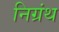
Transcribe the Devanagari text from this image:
निग्रंथ